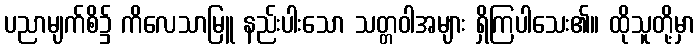
ပညာမျက်စိ၌ ကိလေသာမြူ နည်းပါးသော သတ္တဝါအများ ရှိကြပါသေး၏။ ထိုသူတို့မှာ